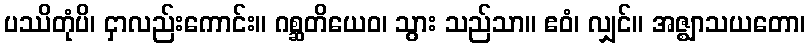
ပဿိတုံပိ၊ ငှာလည်းကောင်း။ ဂစ္ဆတိယေဝ၊ သွား သည်သာ။ ဧဝံ၊ လျှင်။ အဇ္ဈာသယတော၊